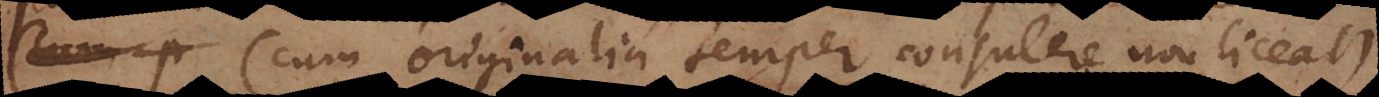
(cum originalia semper consulere non liceat)